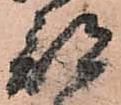
部